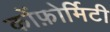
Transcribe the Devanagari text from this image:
कोंफ़ोर्मिटी